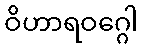
ဝိဟာရဝဂ္ဂေါ